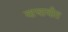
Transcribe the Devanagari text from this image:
वाचावीत